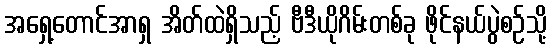
အရှေ့တောင်အာရှ အိတ်ထဲရှိသည့် ဗီဒီယိုဂိမ်းတစ်ခု ဖိုင်နယ်ပွဲစဉ်သို့